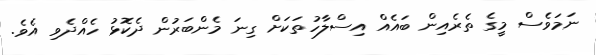
ނަމަވެސް މީގެ ތެރެއިން ބައެއް އިސްލާހުތަކަށް ގިނަ މެންބަރުން ދެކޮޅު ހެއްދެވި އެވެ.